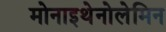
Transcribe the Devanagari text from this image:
मोनाइथेनोलेमिन